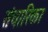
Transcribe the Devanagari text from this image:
संचारिका